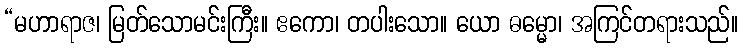
“မဟာရာဇ၊ မြတ်သောမင်းကြီး။ ဧကော၊ တပါးသော။ ယော ဓမ္မော၊ အကြင်တရားသည်။